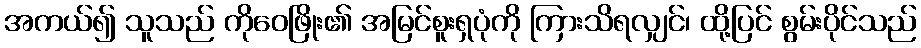
အကယ်၍ သူသည် ကိုဝေဖြိုး၏ အမြင်စူးရှပုံကို ကြားသိရလျှင်၊ ထို့ပြင် စွမ်းပိုင်သည်